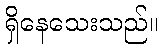
ရှိနေသေးသည်။